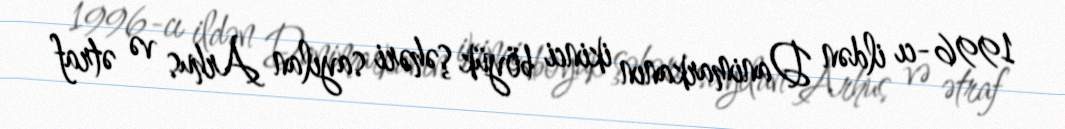
1996-cı ildən Danimarkanın ikinci böyük şəhəri sayılan Arhus və ətraf